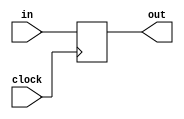
module common_reg(
    input clock,
    input in,
    output reg out
);

initial
begin
    out <= 0;
end

always @(posedge clock)
begin
    out <= in;
end
endmodule